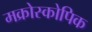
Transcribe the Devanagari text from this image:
मक्रोस्कोपिक